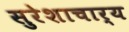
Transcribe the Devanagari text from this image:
सुरेशाचार्य